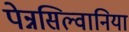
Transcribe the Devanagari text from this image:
पेन्नसिल्वानिया